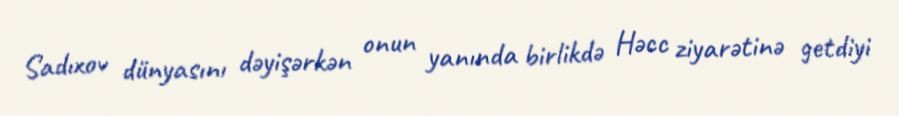
Sadıxov dünyasını dəyişərkən onun yanında birlikdə Həcc ziyarətinə getdiyi